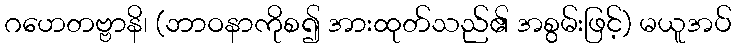
ဂဟေတဗ္ဗာနိ၊ (ဘာဝနာကိုစ၍ အားထုတ်သည်၏ အစွမ်းဖြင့်) မယူအပ်